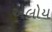
એલોય